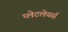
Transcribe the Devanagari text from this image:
प्लेटलेयर्स